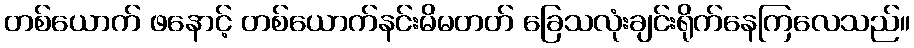
တစ်ယောက် ဖနောင့် တစ်ယောက်နင်းမိမတတ် ခြေသလုံးချင်းရိုက်နေကြလေသည်။